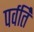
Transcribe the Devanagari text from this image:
पर्वर्ति